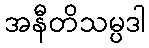
အနီတိသမ္ပဒါ